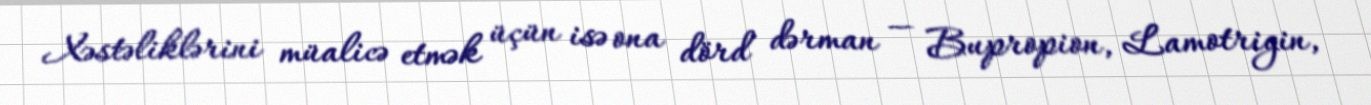
Xəstəliklərini müalicə etmək üçün isə ona dörd dərman — Bupropion, Lamotrigin,